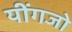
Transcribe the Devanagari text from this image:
यींगजो